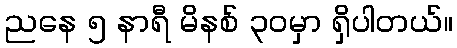
ညနေ ၅ နာရီ မိနစ် ၃၀မှာ ရှိပါတယ်။